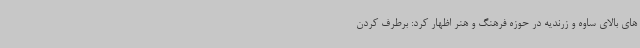
های بالای ساوه و زرندیه در حوزه فرهنگ و هنر اظهار کرد: برطرف کردن